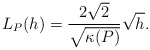
\begin{align*} L_P(h)=\frac{2\sqrt{2}}{\sqrt{\kappa(P)}}\sqrt{h}. \end{align*}